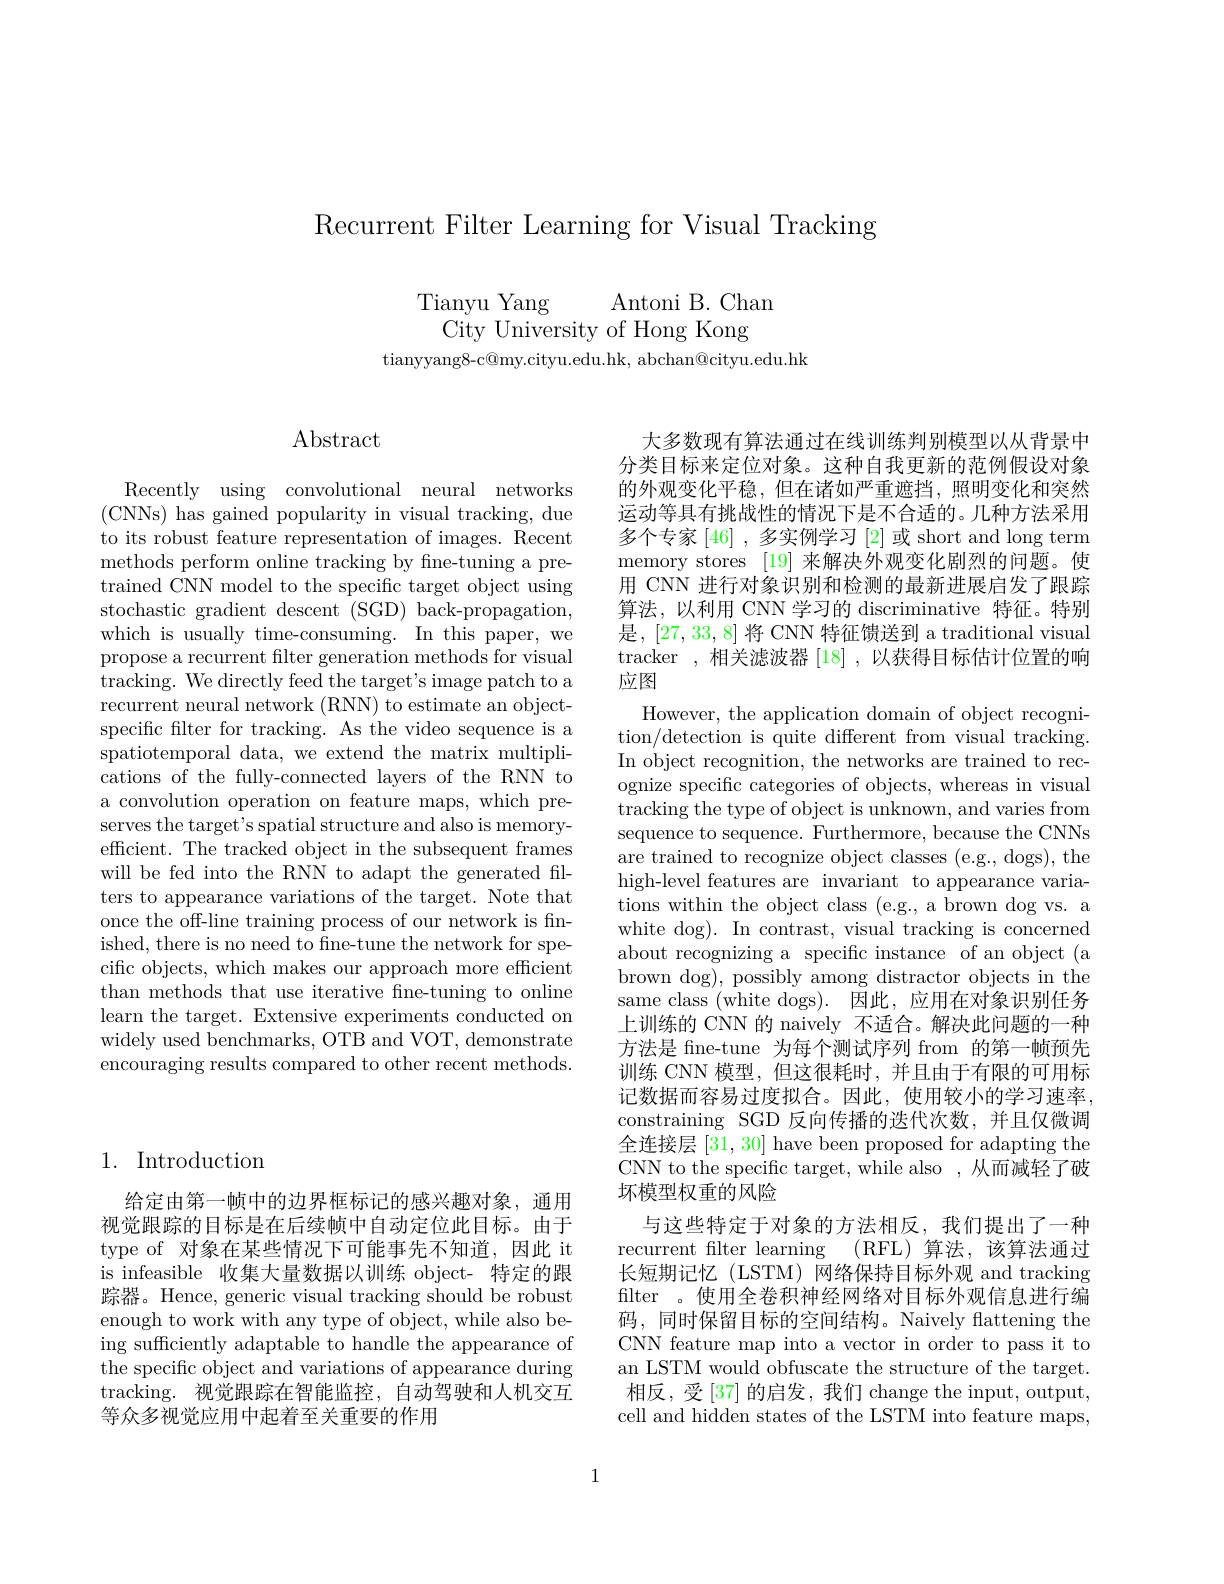
Recurrent Filter Learning for Visual Tracking

Tianyu Yang
Antoni B. Chan
City University of Hong Kong
tianyyang8- c@ my. cityu. edu. hk, abchan@ cityu. edu. hk

## 1. Introduction

给定由第一帧中的边界框标记的感兴趣对象，通用视觉跟踪的目标是在后续帧中自动定位此目标。由于type of 对象在某些情况下可能事先不知道，因此 it is infeasible 收集大量数据以训练 object- 特定的跟踪器。Hence, generic visual tracking should be robust enough to work with any type of object, while also being sufficiently adaptable to handle the appearance of the specific object and variations of appearance during tracking. 视觉跟踪在智能监控，自动驾驶和人机交互等众多视觉应用中起着至关重要的作用

# $\operatorname{Abstract}$

Recently using convolutional neural networks ( CNNs) has gained popularity in visual tracking, due to its robust feature representation of images. Recent methods perform online tracking by fine-tuning a pretrained CNN model to the specific target object using stochastic gradient descent (SGD) back-propagation, which is usually time-consuming.'In this paper, we propose a recurrent filter generation methods for visual tracking. We directly feed the target's image patch to a recurrent neural network (RNN) to estimate an objectspecific flter for tracking. As the video sequence is a spatiotemporal data, we extend the matrix multiplications of the fully-connected layers of the RNN to a convolution operation on feature maps, which preserves the target's spatial structure and also is memoryefficient. The tracked object in the subsequent frames will be fed into the RNN to adapt the generated filters to appearance variations of the target. Note that once the off-line training process of our network is finished, there is no need to fne-tune the network for specific objects, which makes our approach more efficient than methods that use iterative fne-tuning to online learn the target. Extensive experiments conducted on widely used benchmarks, OTB and VOT, demonstrate encouraging results compared to other recent methods.

大多数现有算法通过在线训练判别模型以从背景中分类目标来定位对象。这种自我更新的范例假设对象的外观变化平稳，但在诸如严重遮挡，照明变化和突然运动等具有挑战性的情况下是不合适的。几种方法采用多个专家[46] , 多实例学习 [2] 或 short and long term memory stores [19] 来解决外观变化剧烈的问题。使用 CNN 进行对象识别和检测的最新进展启发了跟踪算法，以利用 CNN 学习的 discriminative 特征。特别是，[27, 33, 8] 将 CNN 特征馈送到 a traditional visual tracker ,相关滤波器[18] ,以获得目标估计位置的响应图

However, the application domain of object recognition/detection is quite different from visual tracking. In object recognition, the networks are trained to recognize specific categories of objects, whereas in visual tracking the type of object is unknown, and varies from sequence to sequence. Furthermore, because the CNNs are trained to recognize object classes (e.g., dogs), the high-level features are invariant to appearance variations within the object class (e.g., a brown dog vs. a white dog). In contrast, visual tracking is concerned about recognizing a specific instance of an object (a brown dog), possibly among distractor objects in the same class (white dogs). 因此，应用在对象识别任务上训练的 CNN 的 naively 不适合。解决此问题的一种方法是 fine-tune 为每个测试序列 from 的第一帧预先训练 CNN 模型，但这很耗时，并且由于有限的可用标记数据而容易过度拟合。因此，使用较小的学习速率， constraining SGD 反向传播的迭代次数，并且仅微调全连接层[31,30] have been proposed for adapting the CNN to the specific target, while also , 从而减轻了破坏模型权重的风险
与这些特定于对象的方法相反，我们提出了一种recurrent filter learning (RFL)算法，该算法通过长短期记忆 (LSTM) 网络保持目标外观 and tracking filter 。使用全卷积神经网络对目标外观信息进行编码，同时保留目标的空间结构。Naively flattening the CNN feature map into a vector in order to pass it to an LSTM would obfuscate the structure of the target. 相反，受[37] 的启发，我们 change the input, output, cell and hidden states of the LSTM into feature maps,

1